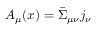
A _ { \mu } ( x ) = \bar { \Sigma } _ { \mu \nu } j _ { \nu }